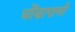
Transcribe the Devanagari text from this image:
धोंडापाणी